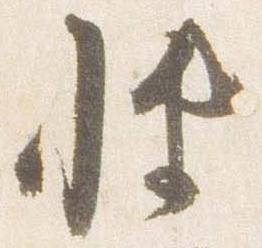
博